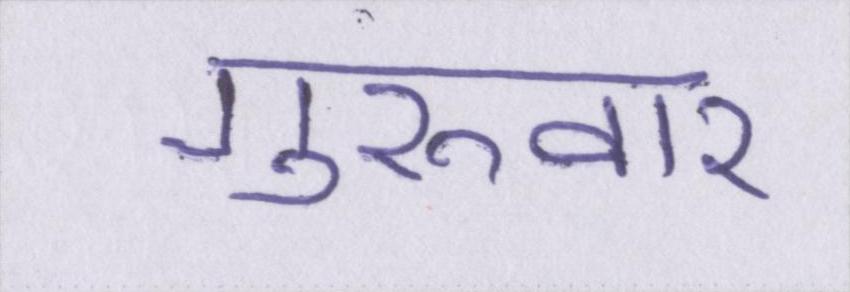
गुरूवार